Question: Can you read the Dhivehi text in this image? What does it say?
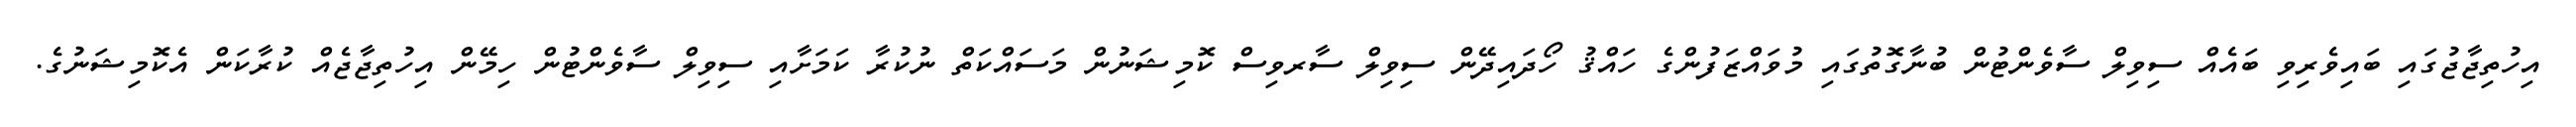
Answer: އިހުތިޖާޖުގައި ބައިވެރިވި ބައެއް ސިވިލް ސާވެންޓުން ބުނާގޮތުގައި މުވައްޒަފުންގެ ހައްޤު ހޯދައިދޭން ސިވިލް ސާރވިސް ކޮމިޝަނުން މަސައްކަތް ނުކުރާ ކަމަށާއި ސިވިލް ސާވެންޓުން ހިމޭން އިހުތިޖާޖެއް ކުރާކަން އެކޮމިޝަނުގެ.